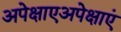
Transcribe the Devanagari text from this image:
अपेक्षाएअपेक्षाएं